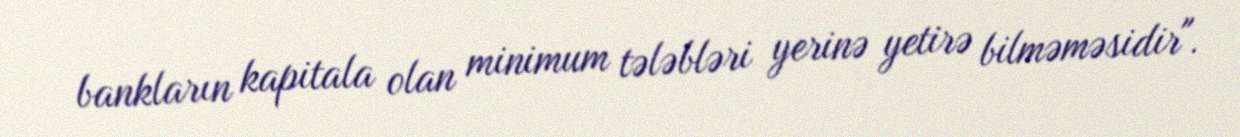
bankların kapitala olan minimum tələbləri yerinə yetirə bilməməsidir".